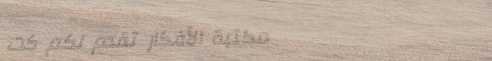
مكتبة الأفكار تقدم لكم كت